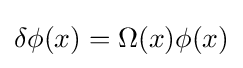
\delta \phi (x)=\Omega (x)\phi (x)